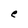
Character: e